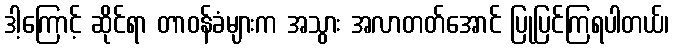
ဒါ့ကြောင့် ဆိုင်ရာ တာဝန်ခံများက အသွား အလာတတ်အောင် ပြုပြင်ကြရပါတယ်၊